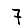
Digit: 7